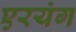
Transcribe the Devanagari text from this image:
एरयंग